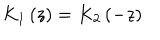
K _ { 1 } \left( z \right) = K _ { 2 } \left( - z \right)